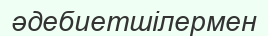
әдебиетшілермен